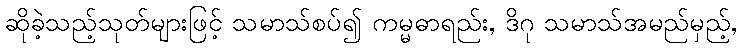
ဆိုခဲ့သည့်သုတ်များဖြင့် သမာသ်စပ်၍ ကမ္မဓာရည်း, ဒိဂု သမာသ်အမည်မှည့်,